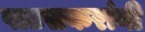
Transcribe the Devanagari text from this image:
पाटसकरांनी